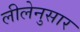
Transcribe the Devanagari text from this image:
लीलेनुसार